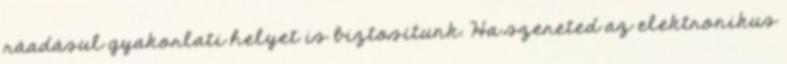
ráadásul gyakorlati helyet is biztosítunk. Ha szereted az elektronikus